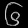
Digit: ၆